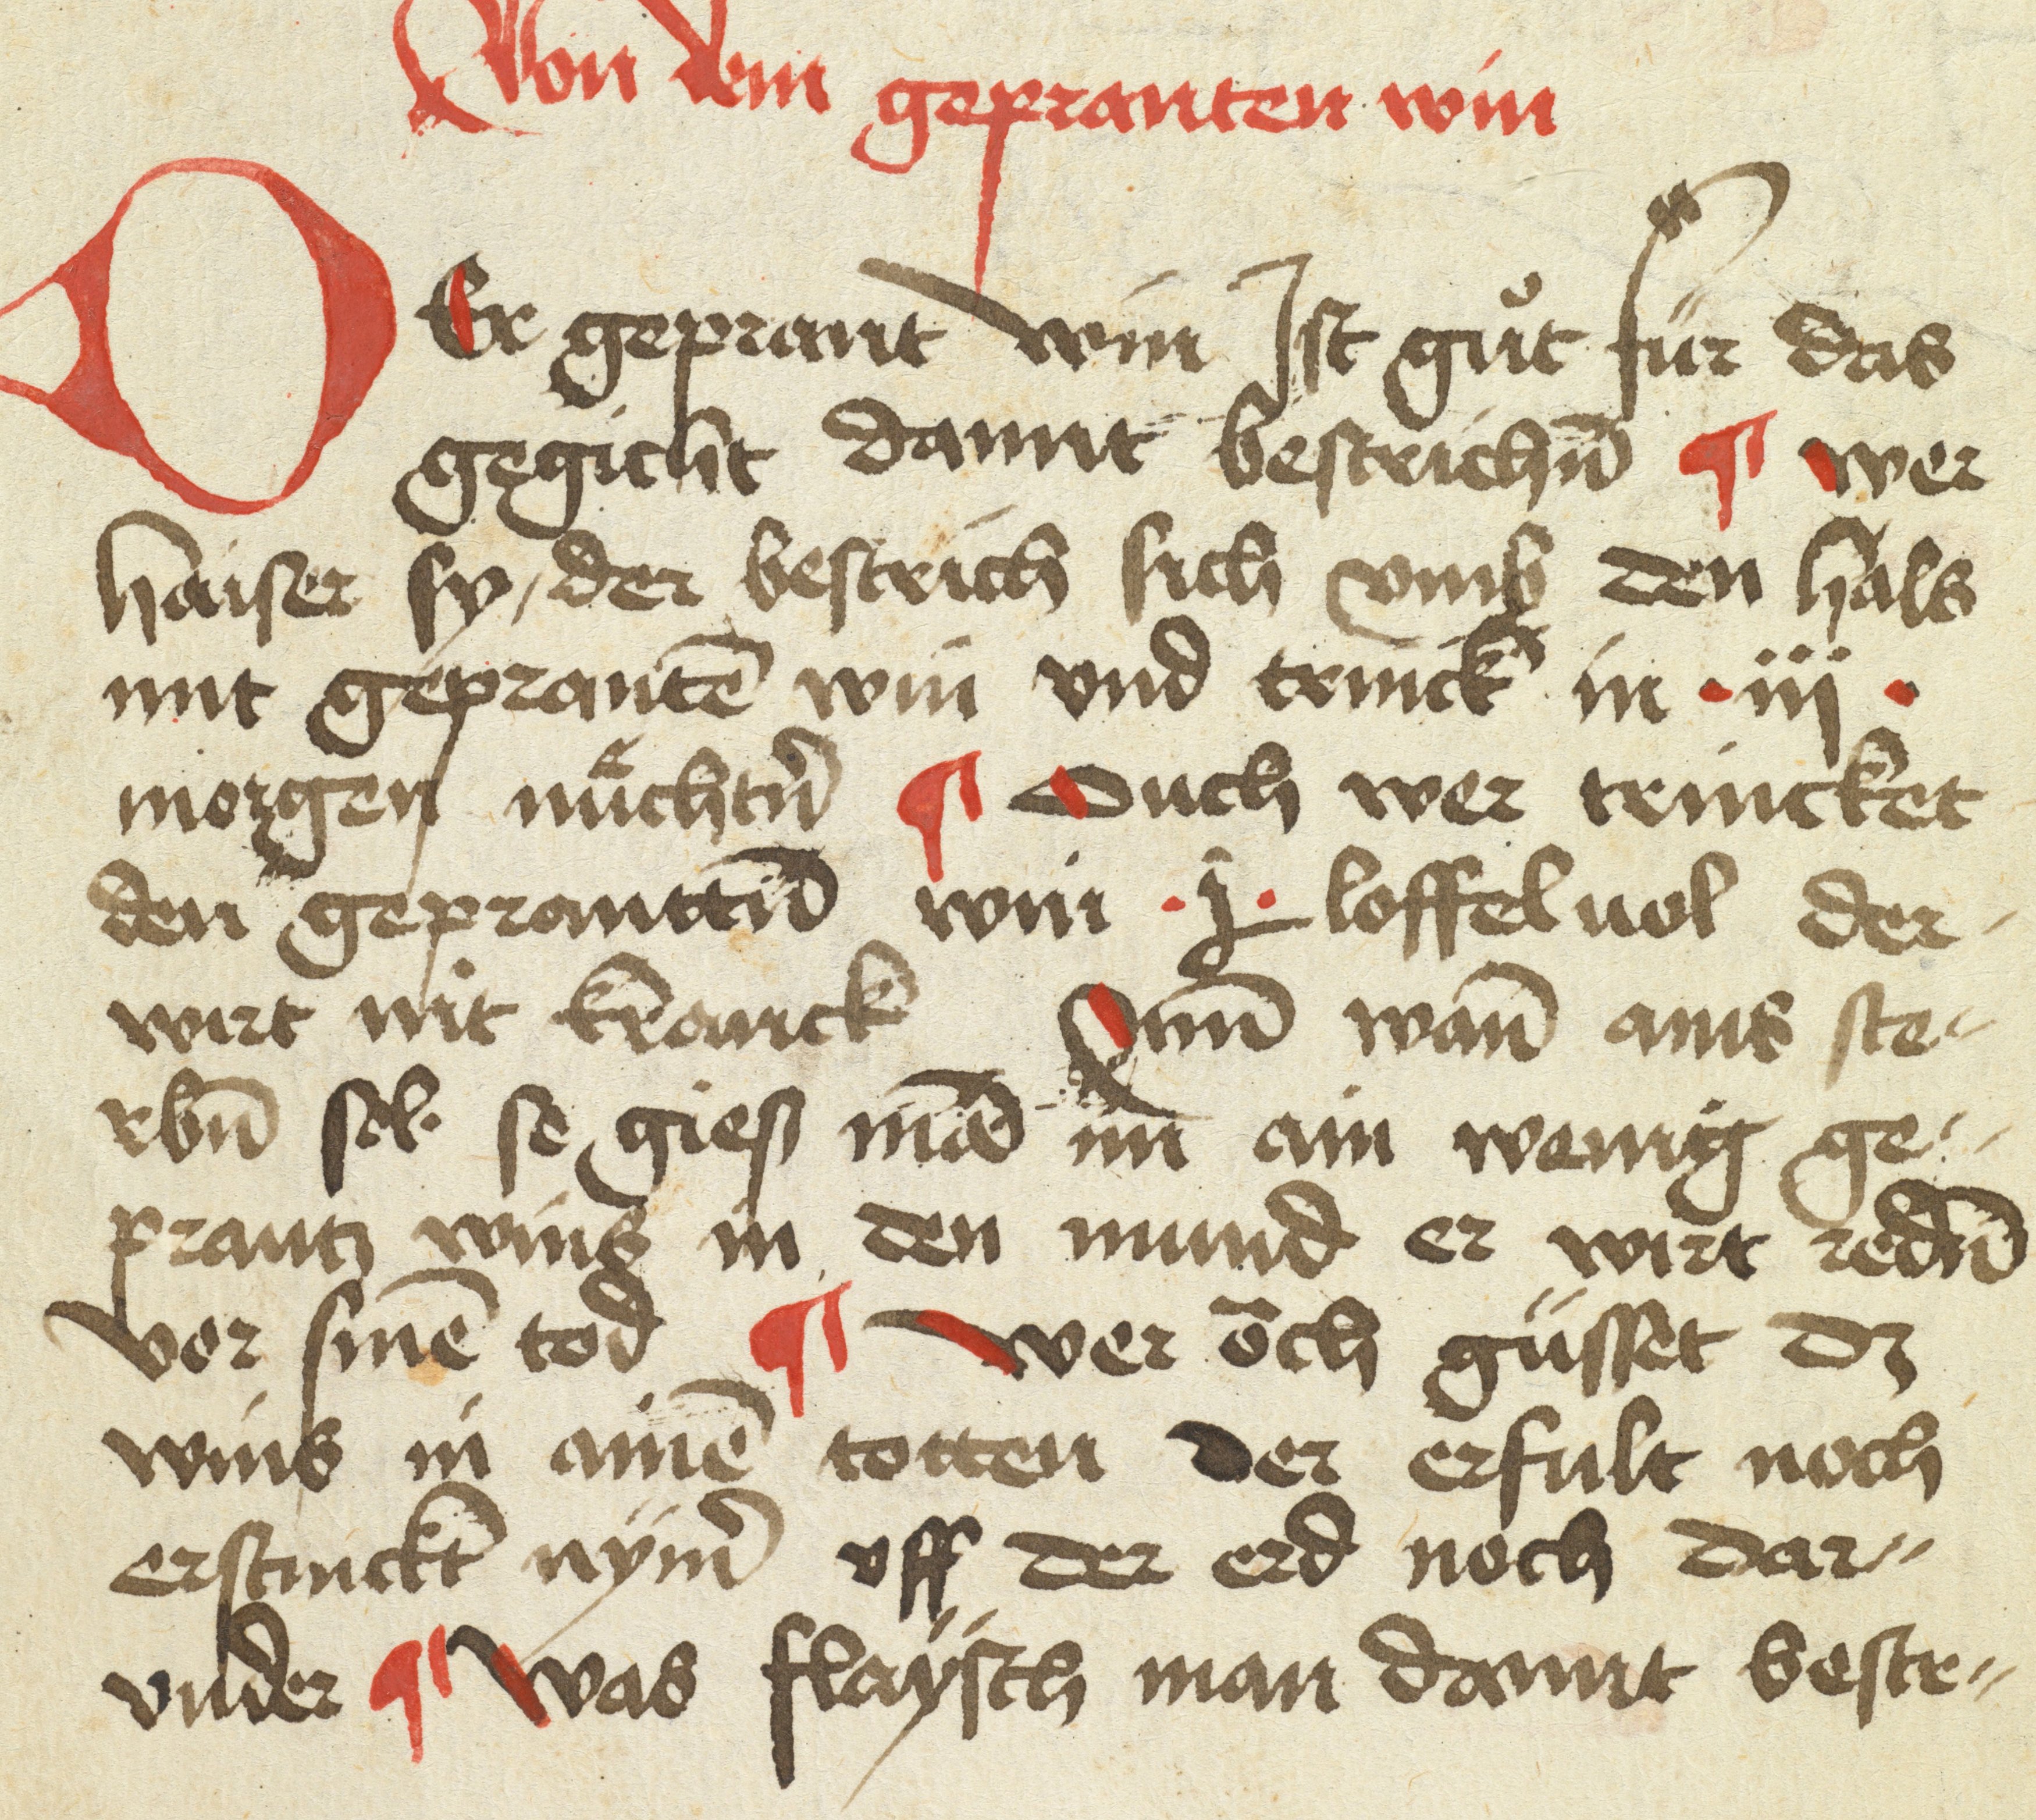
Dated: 1475–1499